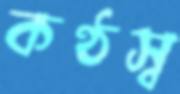
কণ্ঠস্ব